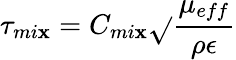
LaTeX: \tau_{mi\mathbf{x}}=C_{mi\mathbf{x}}\sqrt{}{{\frac{{\mu_{eff}}}{{\rho\epsilon}}}}